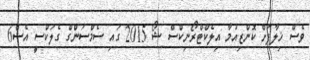
ވެސް ޚިލާފަށް ކޮންޒިއުމާ އިލެކްޓްރޯނިކްސް ޝޯ 2015 ގައި ސެމްސަންގް ގެލަކްސީ އެސް6